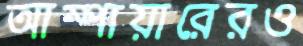
আম্পায়ারেরও